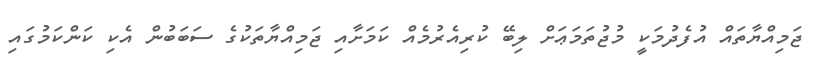
ޖަމިއްޔާތައް އުފެދުމަކީ މުޖުތަމަޢަށް ލިބޭ ކުރިއެރުމެއް ކަމަށާއި ޖަމިއްޔާތަކުގެ ސަބަބުން އެކި ކަންކަމުގައި